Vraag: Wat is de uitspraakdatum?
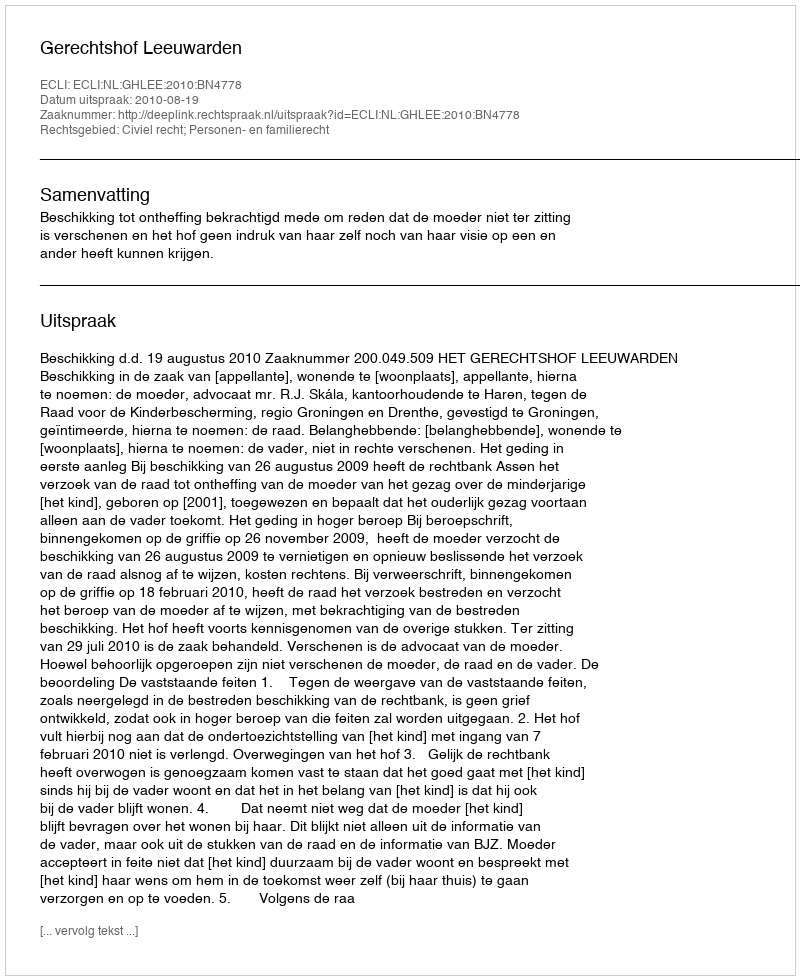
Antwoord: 2010-08-19